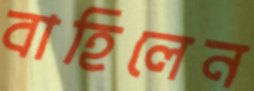
বাহিলেন